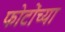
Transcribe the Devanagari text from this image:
फोटोंच्या